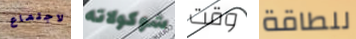
لاجتماع شوكولاته وقت للطاقة